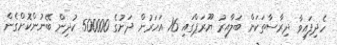
ހެދިފައިވާ ދިރާސާތަކަށް ބަލާއިރު ޔޫރަޕްގައި 16 އަހަރުން ދަށުގެ 500000 ކުދިން ބޭނުންކޮށްގެން